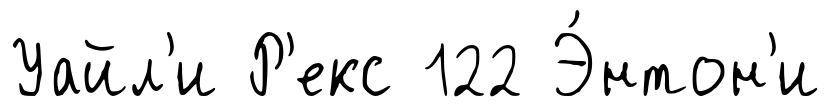
Уайл'и Р'екс 122 Э́нтон'и